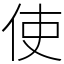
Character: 使